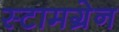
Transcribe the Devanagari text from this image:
स्टामग्रेन